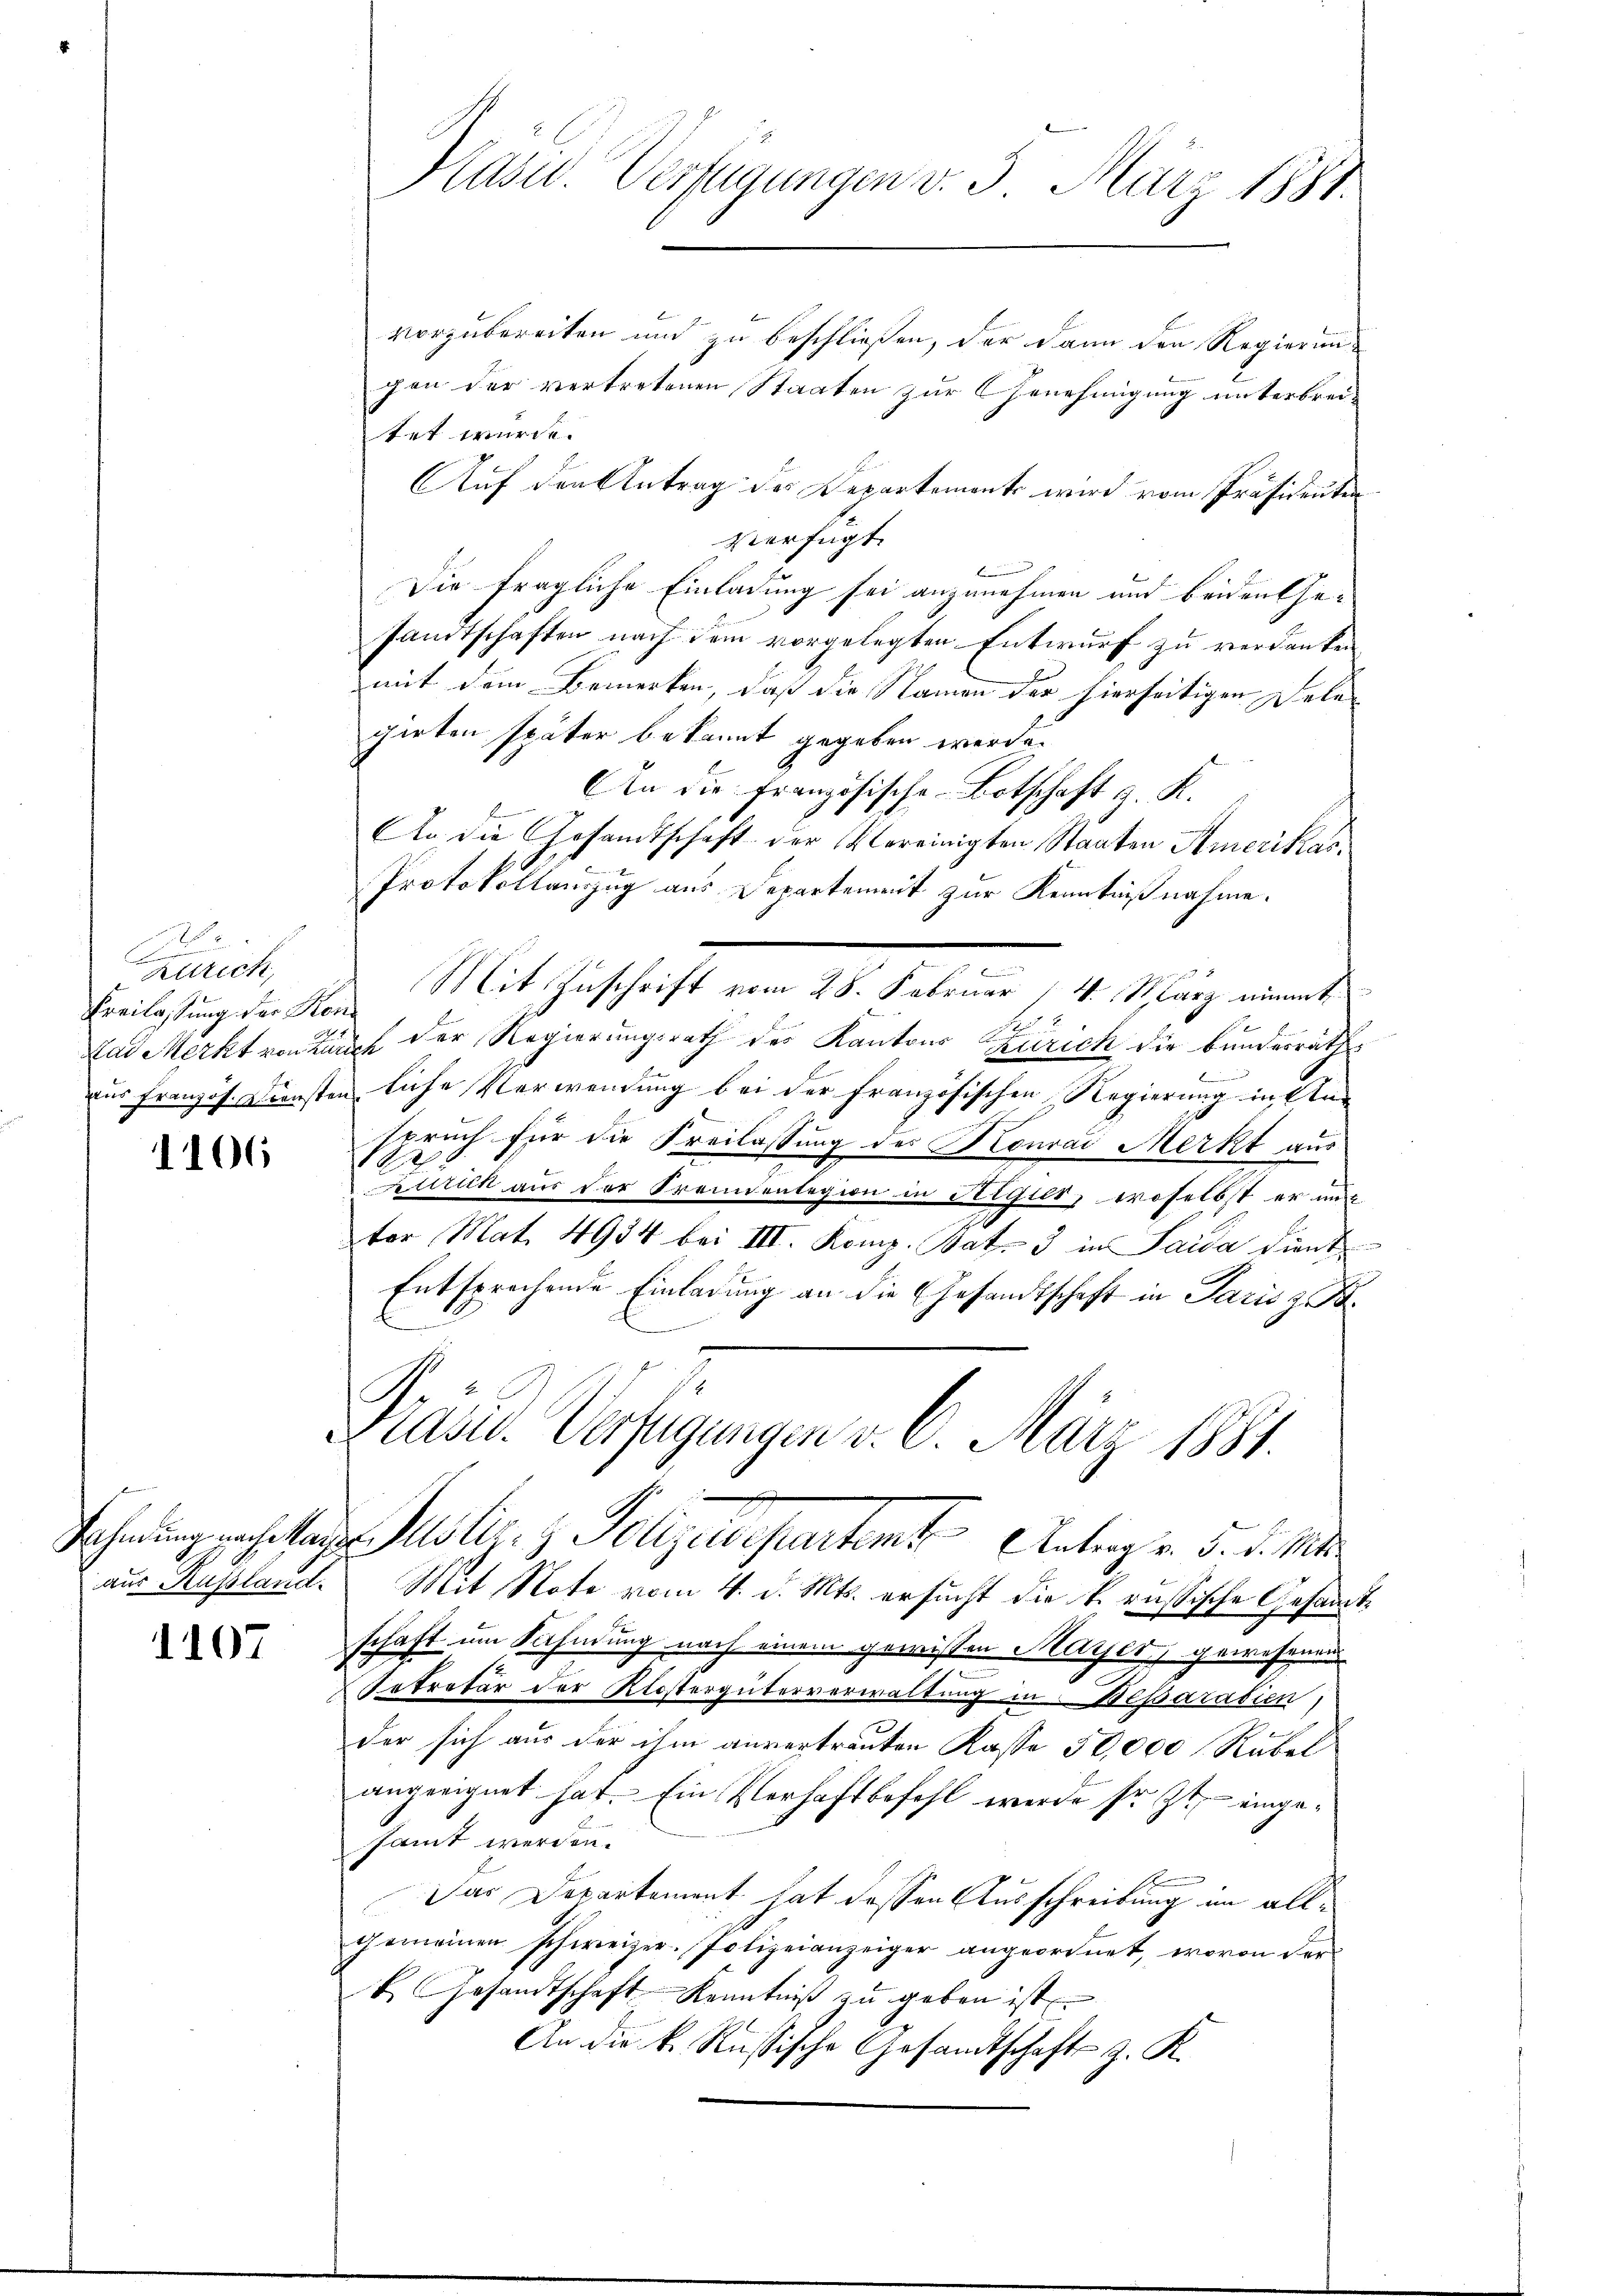
A
Zürich,
Freilassung der Kon¬

1106

aus Russland.

1107

vorzubereiten und zu beschließen, der dann den Regierun-
gen der vertretenen Staaten zur Genehmigung unterbrei-
tet wurde.
Auf der Antrag der Departement wird vom Präsidenten
verfügt:
Be
Die fragliche Einladung sei anzunehmen und beiden Gesandtschaften nach dem vorgelegten Entwurf zu verdanken
mit dem Bemerken, daß die Namen der hierseitigen Felegirten später bekannt gegeben werde.
An die Französische Botschaft z. K.
b
An die Gesandtschaft der Vereinigten Staaten Amerikas,
Protokollanzug aus Departement zur Kenntnißnahme.
e
Mit Zuschrift vom 25. Februar 14. März nimmt
.
Das Merkt von Kirch der Regierungsrath des Kantons Zürich die bundesrath

zur Französ. Diensten liche Verwendung bei der französischen Regierung in Anspruch für die Freilassung des Konrad Merkt aus
1
zurich aus der Fremdenlegion in Figur, woselbst er mich
tor Mat. 4934 bei III. Komp. Bat. 3 in Saida dient
Entsprochende Einladung an die Gesandtschaft in Paris z. B.
G.
Präsid. Verfügungen v. 6. März 1881.
Fohnung nachstandes Miliz- & Polizeidepartamt Antrag v. 5. d. M.
Mit Note vom 4. d. Mts. ersucht die k. russische Gesammtschaft um Sahndung nach einem gewissen Mayer, gewesenen
Artretur der Klostergüterverwaltung in Bessarabien,
der sich aus der ihm anvertrauten Kasse 50,000 Rubel
angeeignet hat. Ein Verhaftbefehl werde sr. Zt. eingesamt werden.
Das Departement hat dessen Ausschreibung im allgemeinen schweizer. Polizeianzeiger angeordnet, wovon der
k. Gesandtschaft Kenntniß zu geben ist
An die k. Russische Gesandtschaft z. K.

Kasu. Verfügungen v. 3. März 1881.